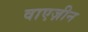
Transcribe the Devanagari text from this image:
वाएज़ीन